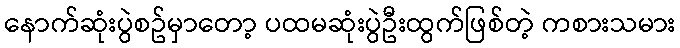
နောက်ဆုံးပွဲစဥ်မှာတော့ ပထမဆုံးပွဲဦးထွက်ဖြစ်တဲ့ ကစားသမား